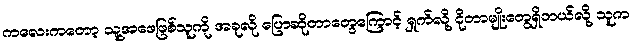
ကလေးကတော့ သူ့အဖေဖြစ်သူကို အခုလို ပြောဆိုတာတွေကြောင့် ရှက်လို့ ငိုတာမျိုးတွေရှိတယ်လို့ သူက